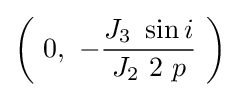
\left(\ 0,\ -{\frac {J_{3}\ \sin i}{J_{2}\ 2\ p}}\ \right)